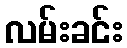
လမ်းခင်း